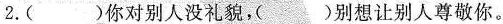
2.()你对别人没礼貌，()别想让别人尊敬你。